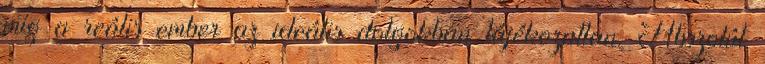
míg a reális ember az ideális dolgokban tájékozatlan. Abszolút